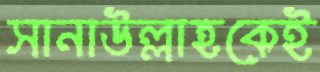
সানাউল্লাহকেই